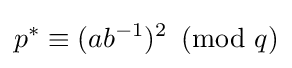
p^{*}\equiv (ab^{-1})^{2}\!\!\!{\pmod {q}}